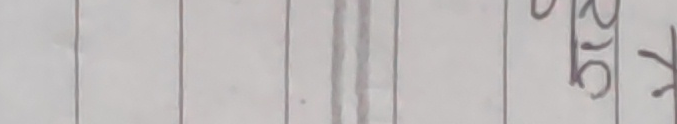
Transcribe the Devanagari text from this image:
२१०